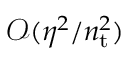
\mathcal { O } ( \eta ^ { 2 } / n _ { \mathrm { t } } ^ { 2 } )